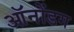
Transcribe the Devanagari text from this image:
ऑनोंडग